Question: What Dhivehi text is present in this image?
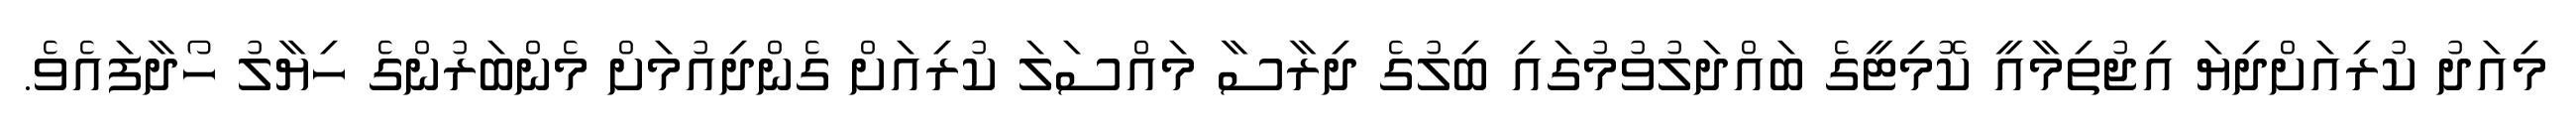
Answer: މިއަދު ކުރިއަށްދިޔަ އިޖުތިމާއީ ކޮމިޓީގެ ބައްދަލުވުމުގައި ބިލުގެ ދިރާސާ މައްސަލަ ކުރިއަށް ގެންދިއުމަށް މެންބަރުންގެ ހިޔާލު ހޯދާފައެވެ.